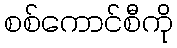
စစ်ကောင်စီကို